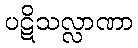
ပဋိသလ္လာဏာ